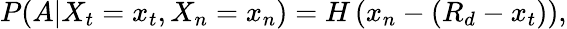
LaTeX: P(A|X_{t}=x_{t},X_{n}=x_{n})=H\left(x_{n}-(R_{d}-x_{t})\right),